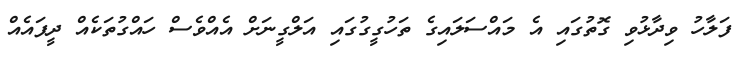
ފަލާހު ވިދާޅުވި ގޮތުގައި އެ މައްސަލައިގެ ތަހުގީގުގައި އަލްގީނަށް އެއްވެސް ހައްގުތަކެއް ދީފައެއް